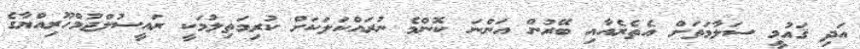
އަދި ޤައުމީ ސަލާމަތަށް އެތެރެއާއި ބޭރުން އަންނަ ކޮންމެ ނުރައްކަލަކަށް ކުރިމަތިލުމަކީ ރައީސުލްޖުމްހޫރިއްޔާގެ